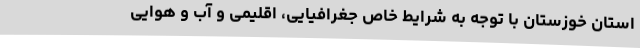
استان خوزستان با توجه به شرایط خاص جغرافیایی، اقلیمی و آب و هوایی